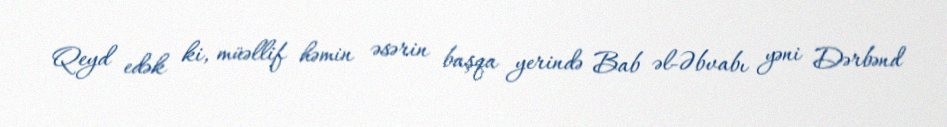
Qeyd edək ki, müəllif həmin əsərin başqa yerində Bab əl-Əbvabı yəni Dərbənd